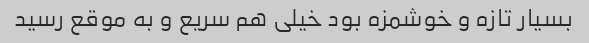
بسیار تازه و خوشمزه بود خیلی هم سریع و به موقع رسید